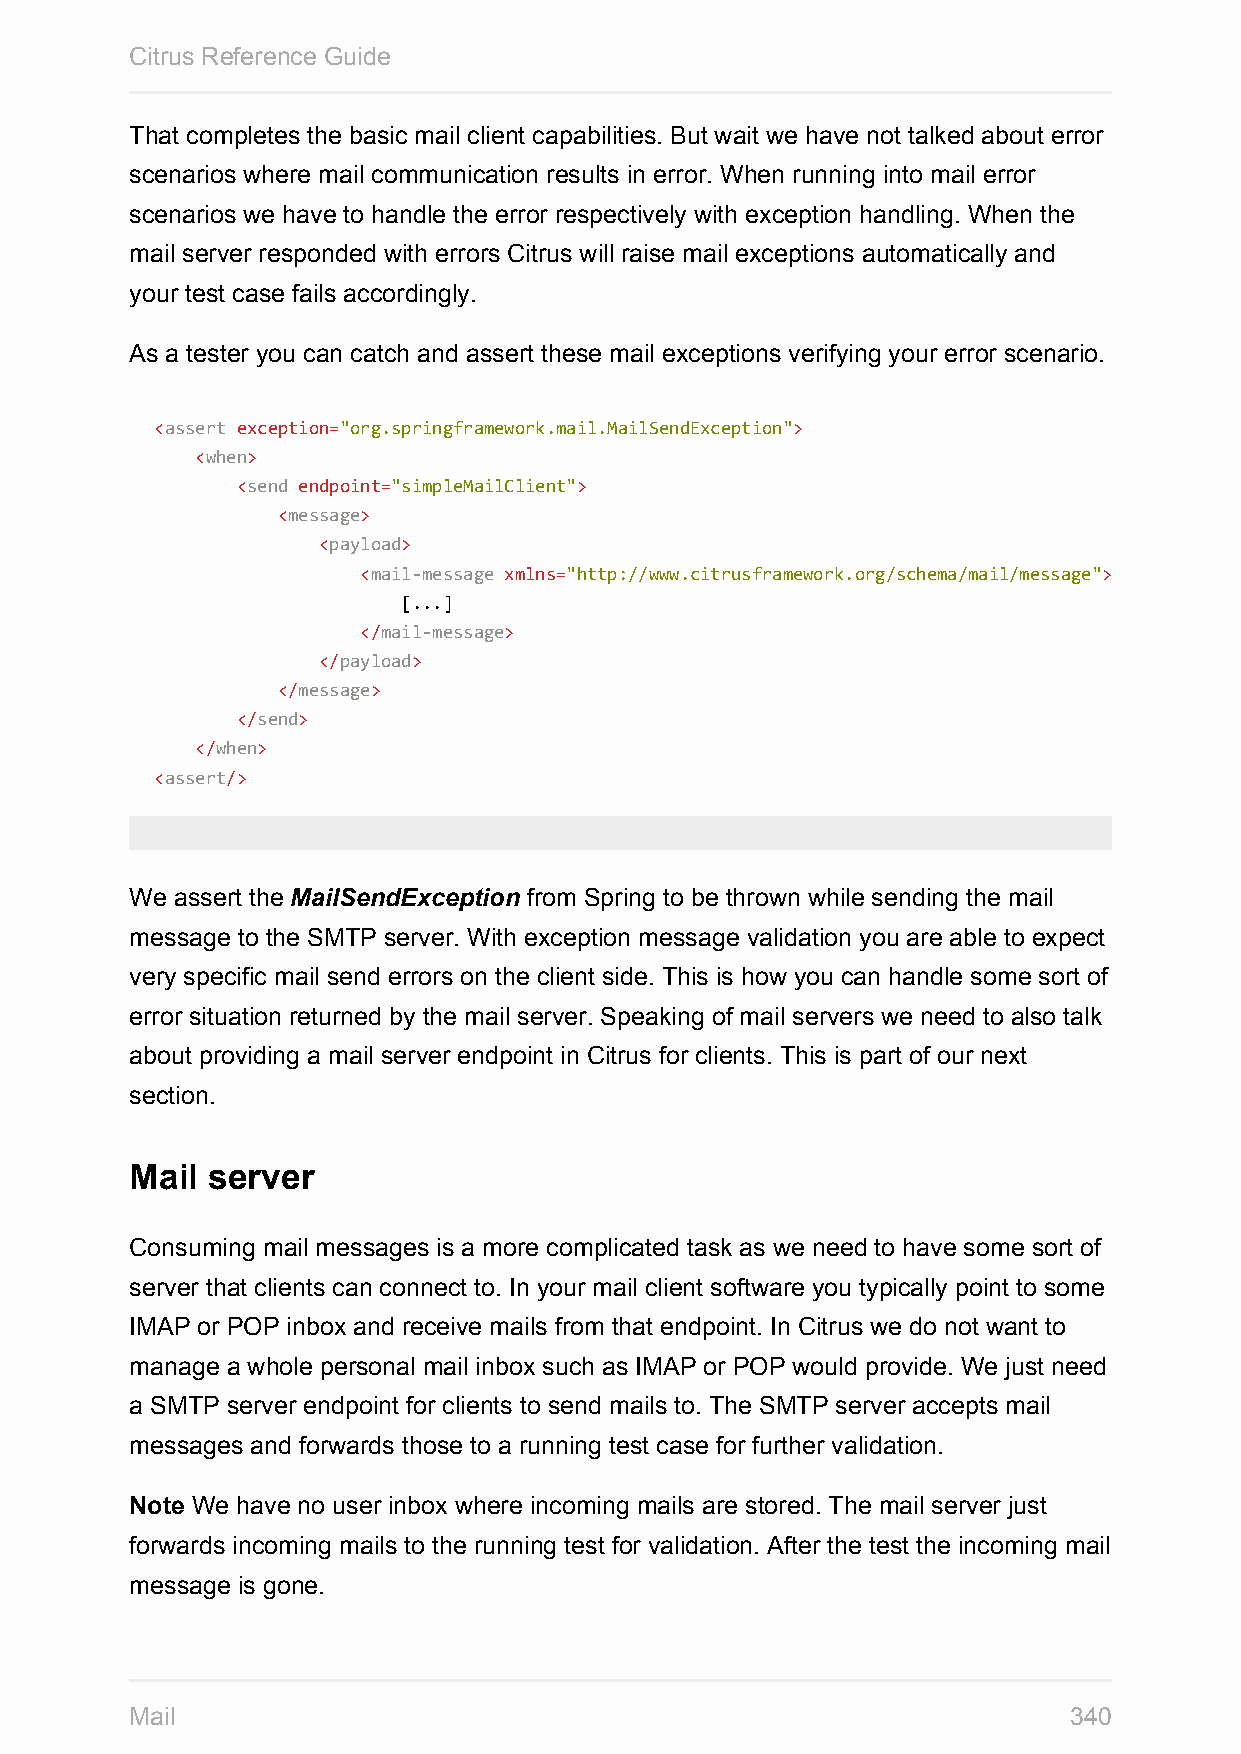
Citrus Reference Guide
 That completes the basic mail client capabilities. But wait we have not talked about error
 scenarios where mail communication results in error. When running into mail error
 scenarios we have to handle the error respectively with exception handling. When the
 mail server responded with errors Citrus will raise mail exceptions automatically and
 your test case fails accordingly.
 As a tester you can catch and assert these mail exceptions verifying your error scenario.
 <assert exception="org.springframework.mail.MailSendException">
 <when>
 <send endpoint="simpleMailClient">
 <message>
 <payload>
 <mail-message xmlns="http://www.citrusframework.org/schema/mail/message">
 [...]
 </mail-message>
 </payload>
 </message>
 </send>
 </when>
 <assert/>
 We assert the MailSendException from Spring to be thrown while sending the mail
 message to the SMTP server. With exception message validation you are able to expect
 very specific mail send errors on the client side. This is how you can handle some sort of
 error situation returned by the mail server. Speaking of mail servers we need to also talk
 about providing a mail server endpoint in Citrus for clients. This is part of our next
 section.
 Mail server
 Consuming mail messages is a more complicated task as we need to have some sort of
 server that clients can connect to. In your mail client software you typically point to some
 IMAP or POP inbox and receive mails from that endpoint. In Citrus we do not want to
 manage a whole personal mail inbox such as IMAP or POP would provide. We just need
 a SMTP server endpoint for clients to send mails to. The SMTP server accepts mail
 messages and forwards those to a running test case for further validation.
 Note We have no user inbox where incoming mails are stored. The mail server just
 forwards incoming mails to the running test for validation. After the test the incoming mail
 message is gone.
 Mail                                                          340